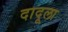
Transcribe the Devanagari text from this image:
दादूला